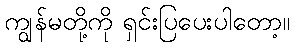
ကျွန်မတို့ကို ရှင်းပြပေးပါတော့။